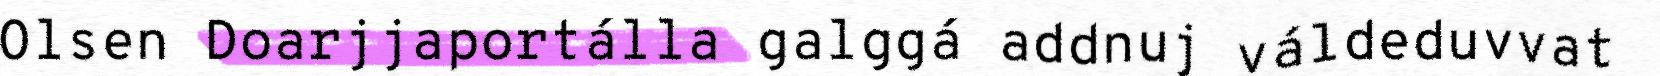
Olsen Doarjjaportálla galggá addnuj váldeduvvat